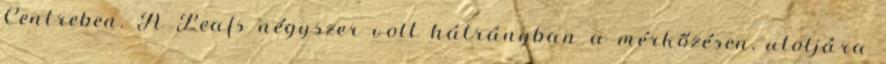
Centreben. A Leafs négyszer volt hátrányban a mérkőzésen, utoljára